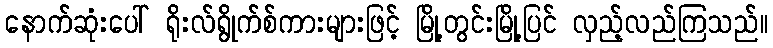
နောက်ဆုံးပေါ် ရိုးလ်ရွိုက်စ်ကားများဖြင့် မြို့တွင်းမြို့ပြင် လှည့်လည်ကြသည်။